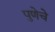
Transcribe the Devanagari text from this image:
पुणेचे